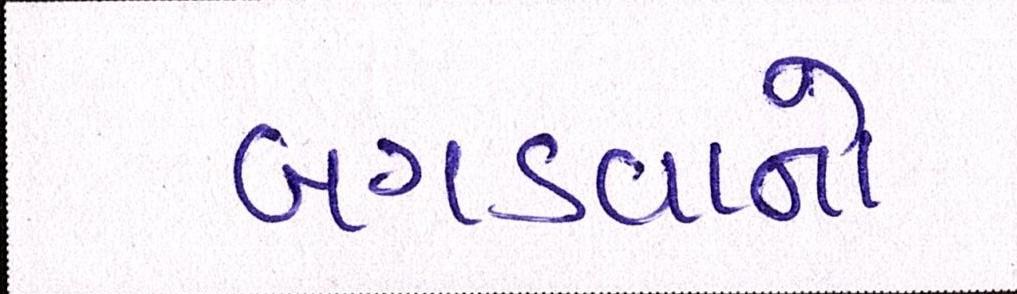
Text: બગડવાનો